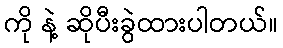
ကို နဲ့ ဆိုပီးခွဲထားပါတယ်။